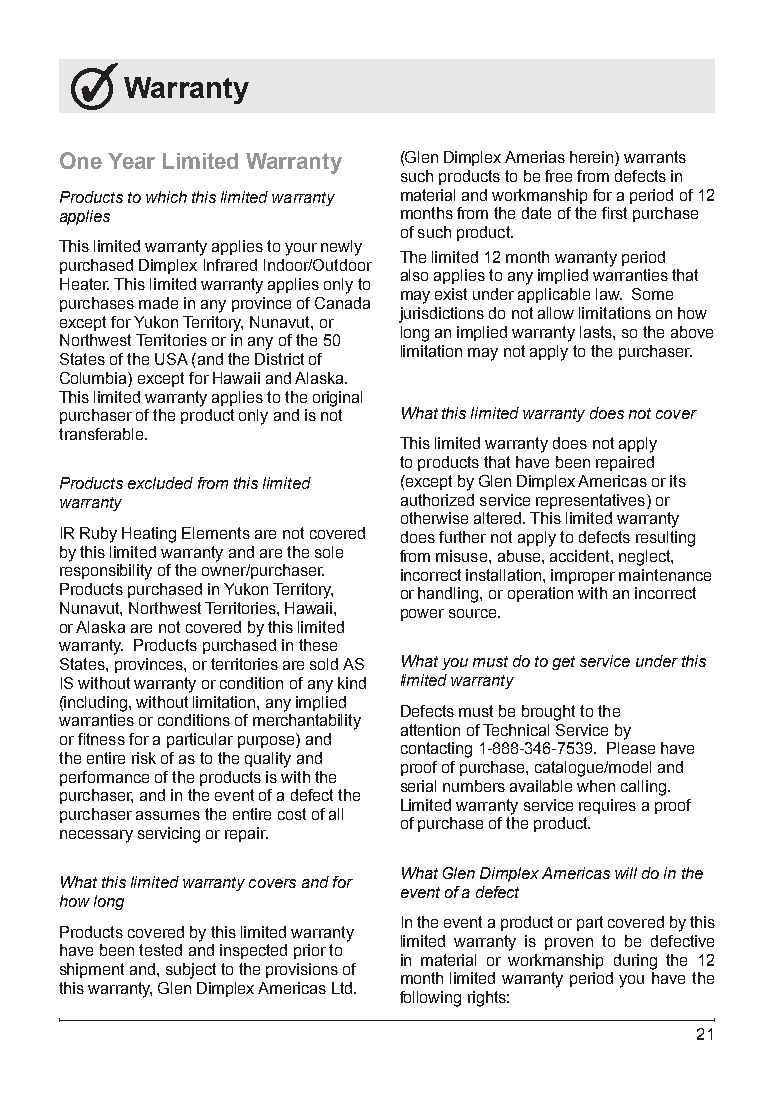
Warranty
 One Year Limited Warranty (Glen Dimplex Amerias herein) warrants
 such products to be free from defects in
 Products to which this limited warranty material and workmanship for a period of 12
 applies               months from the date of the first purchase
 of such product.
 This limited warranty applies to your newly
 The limited 12 month warranty period
 purchased Dimplex Infrared Indoor/Outdoor
 also applies to any implied warranties that
 Heater. This limited warranty applies only to
 may exist under applicable law. Some
 purchases made in any province of Canada
 jurisdictions do not allow limitations on how
 except for Yukon Territory, Nunavut, or
 long an implied warranty lasts, so the above
 Northwest Territories or in any of the 50
 limitation may not apply to the purchaser.
 States of the USA (and the District of
 Columbia) except for Hawaii and Alaska.
 This limited warranty applies to the original
 purchaser of the product only and is not What this limited warranty does not cover
 transferable.
 This limited warranty does not apply
 to products that have been repaired
 Products excluded from this limited (except by Glen Dimplex Americas or its
 warranty              authorized service representatives) or
 otherwise altered. This limited warranty
 IR Ruby Heating Elements are not covered does further not apply to defects resulting
 by this limited warranty and are the sole from misuse, abuse, accident, neglect,
 responsibility of the owner/purchaser. incorrect installation, improper maintenance
 Products purchased in Yukon Territory, or handling, or operation with an incorrect
 Nunavut, Northwest Territories, Hawaii, power source.
 or Alaska are not covered by this limited
 warranty. Products purchased in these
 States, provinces, or territories are sold AS What you must do to get service under this
 IS without warranty or condition of any kind limited warranty
 (including, without limitation, any implied
 Defects must be brought to the
 warranties or conditions of merchantability
 attention of Technical Service by
 or fitness for a particular purpose) and
 contacting 1-888-346-7539. Please have
 the entire risk of as to the quality and
 proof of purchase, catalogue/model and
 performance of the products is with the
 serial numbers available when calling.
 purchaser, and in the event of a defect the
 Limited warranty service requires a proof
 purchaser assumes the entire cost of all
 of purchase of the product.
 necessary servicing or repair.
 What Glen Dimplex Americas will do in the
 What this limited warranty covers and for
 event of a defect
 how long
 In the event a product or part covered by this
 Products covered by this limited warranty
 limited warranty is proven to be defective
 have been tested and inspected prior to
 in material or workmanship during the 12
 shipment and, subject to the provisions of
 month limited warranty period you have the
 this warranty, Glen Dimplex Americas Ltd.
 following rights:
 21